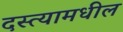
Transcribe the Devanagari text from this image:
दस्त्यामधील